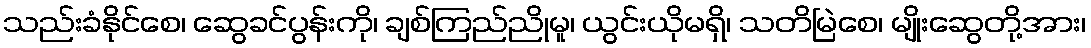
သည်းခံနိုင်စေ၊ ဆွေခင်ပွန်းကို၊ ချစ်ကြည်ညိုမူ၊ ယွင်းယိုမရှိ၊ သတိမြဲစေ၊ မျိုးဆွေတို့အား၊